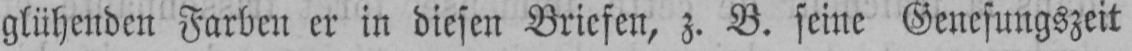
glühenden Farben er in diesen Briefen, z. B. seine Genesungszeit